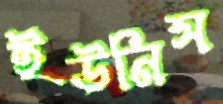
ইউনিস